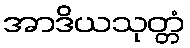
အာဒိယသုတ္တံ